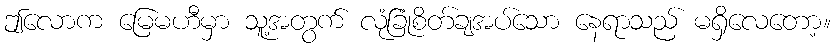
ဤလောက မြေမဟီမှာ သူ့အတွက် လုံခြုံစိတ်ချအပ်သော နေရာသည် မရှိလေတော့။